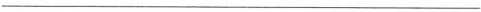
___